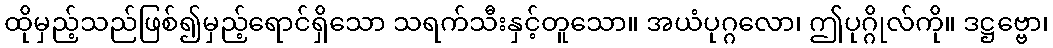
ထိုမှည့်သည်ဖြစ်၍မှည့်ရောင်ရှိသော သရက်သီးနှင့်တူသော။ အယံပုဂ္ဂလော၊ ဤပုဂ္ဂိုလ်ကို။ ဒဋ္ဌဗ္ဗော၊